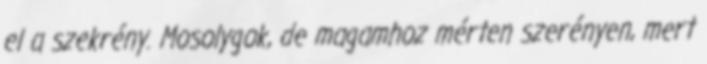
el a szekrény. Mosolygok, de magamhoz mérten szerényen, mert